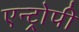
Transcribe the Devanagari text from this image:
एन्ट्रोपी